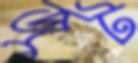
জুট